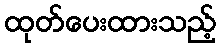
ထုတ်ပေးထားသည့်